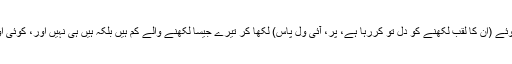
بہت دفعہ کہا ان کو آف دی ریکارڈ کہ اوئے (ان کا لقب لکھنے کو دل تو کررہا ہے، پر، آئی ول پاس) لکھا کر تیرے جیسا لکھنے والے کم ہیں بلکہ ہیں ہی نہیں اور، کوئی اور نہیں ملتا تو میری ہی واٹ لگا لیا کر۔